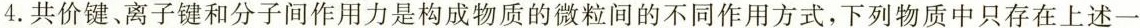
4.共价键、离子键和分子间作用力是构成物质的微粒间的不同作用方式，下列物质中只存在上述一